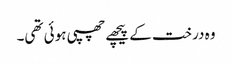
وہ درخت کے پیچھے چھپی ہوئی تھی۔